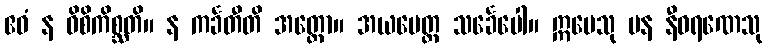
ဧဝံ န ဝိစိကိစ္ဆတိ။ န ကင်္ခတီတိ အတ္ထော။ အယမေတ္ထ သင်္ခေပေါ။ ဣမေသု ပန နီဝရဏေသု